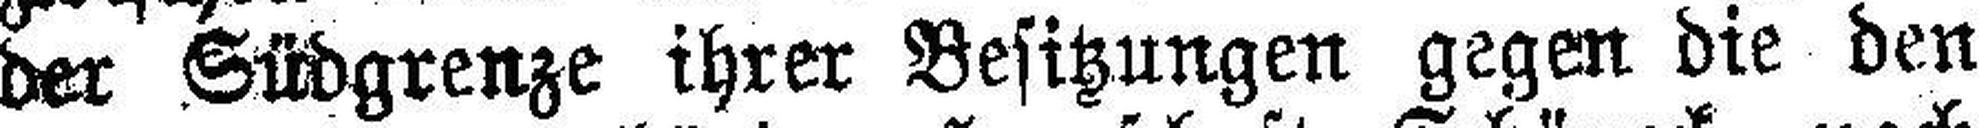
der Südgrenze ihrer Besitzungen gegen die den